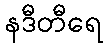
နဒီတီရေ